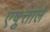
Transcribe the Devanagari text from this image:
एष़ुत्ताले